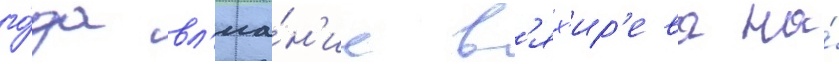
го́да вл'иа́н'ие в'ях'ир'ева на́